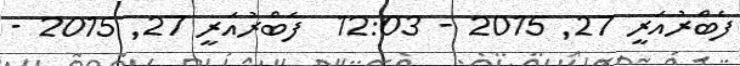
ފެބްރުއަރީ 27